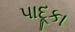
પાદૂકા